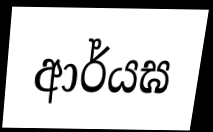
ආර්යඝ